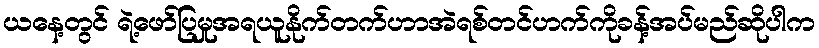
ယနေ့တွင် ရဲ့ဖော်ပြမှုအရယူနိုက်တက်ဟာအဲရစ်တင်ဟက်ကိုခန့်အပ်မည်ဆိုပါက